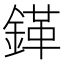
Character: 𲇒